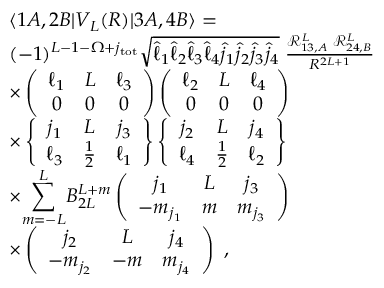
\begin{array} { r l } & { \langle 1 A , 2 B | V _ { L } ( R ) | 3 A , 4 B \rangle = } \\ & { ( - 1 ) ^ { L - 1 - \Omega + j _ { \mathrm { t o t } } } \sqrt { \hat { \ell } _ { 1 } \hat { \ell } _ { 2 } \hat { \ell } _ { 3 } \hat { \ell } _ { 4 } \hat { j } _ { 1 } \hat { j } _ { 2 } \hat { j } _ { 3 } \hat { j } _ { 4 } } \; \frac { \mathcal { R } _ { 1 3 , A } ^ { L } \; \mathcal { R } _ { 2 4 , B } ^ { L } } { R ^ { 2 L + 1 } } } \\ & { \times \left( \begin{array} { c c c } { \ell _ { 1 } } & { L } & { \ell _ { 3 } } \\ { 0 } & { 0 } & { 0 } \end{array} \right) \left( \begin{array} { c c c } { \ell _ { 2 } } & { L } & { \ell _ { 4 } } \\ { 0 } & { 0 } & { 0 } \end{array} \right) } \\ & { \times \left\{ \begin{array} { c c c } { j _ { 1 } } & { L } & { j _ { 3 } } \\ { \ell _ { 3 } } & { \frac { 1 } { 2 } } & { \ell _ { 1 } } \end{array} \right\} \left\{ \begin{array} { c c c } { j _ { 2 } } & { L } & { j _ { 4 } } \\ { \ell _ { 4 } } & { \frac { 1 } { 2 } } & { \ell _ { 2 } } \end{array} \right\} } \\ & { \times { \displaystyle \sum _ { m = - L } ^ { L } } B _ { 2 L } ^ { L + m } \left( \begin{array} { c c c } { j _ { 1 } } & { L } & { j _ { 3 } } \\ { - m _ { j _ { 1 } } } & { m } & { m _ { j _ { 3 } } } \end{array} \right) } \\ & { \times \left( \begin{array} { c c c } { j _ { 2 } } & { L } & { j _ { 4 } } \\ { - m _ { j _ { 2 } } } & { - m } & { m _ { j _ { 4 } } } \end{array} \right) \, \, , } \end{array}